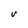
Character: V